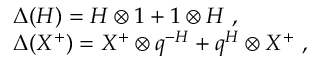
\begin{array} { r c l } { { } } & { { } } & { { \Delta ( H ) = H \otimes 1 + 1 \otimes H ~ , } } \\ { { } } & { { } } & { { \Delta ( X ^ { + } ) = X ^ { + } \otimes q ^ { - H } + q ^ { H } \otimes X ^ { + } ~ , } } \end{array}